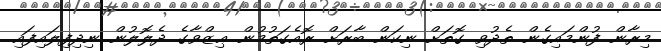
މިރާން ފުންމައިގެން ތެދުވި ގޮތަށް ނިކަން ބާރަށް ރޮއެގަތުމުން ޢިޒްވާގެ ދެލޮލުން ނިދިފިލައިފައި